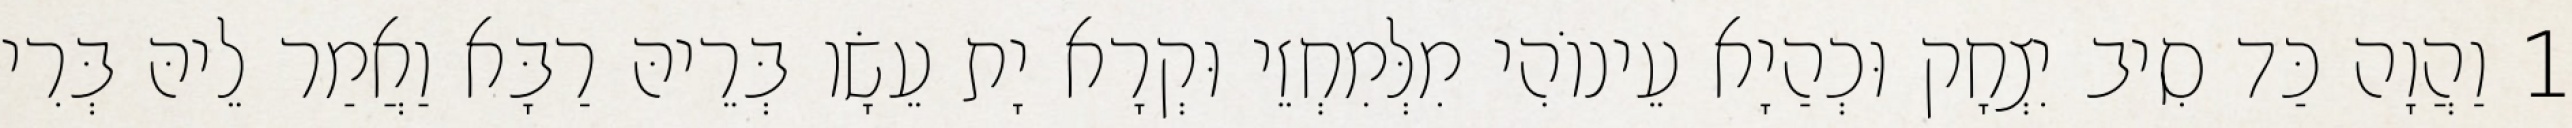
1 וַהֲוָה כַּד סִיב יִצְחָק וּכְהַיָא עֵינוֹהִי מִלְּמִחְזֵי וּקְרָא יָת עֵשָׂו בְּרֵיהּ רַבָּא וַאֲמַר לֵיהּ בְּרִי